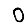
Digit: 0